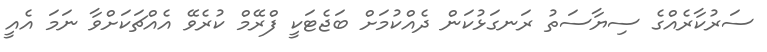
ސަރުކާރެއްގެ ސިޔާސަތު ރަނގަޅުކަން ދެއްކުމަށް ބަޖެޓަކީ ފްރޭމް ކުރެވޭ އެއްޗަކަށްވާ ނަމަ އެއީ